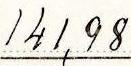
141,98